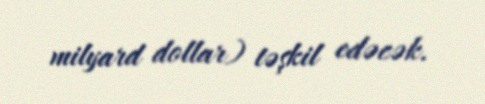
milyard dollar) təşkil edəcək.